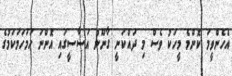
އެހެންވީމަ ކޮންމެ މީހަކު ވެސް މި ދައްކަނީ ގާނޫނު އަސާސީގައި އޮންނަ ހަމަހަމަކަމުގެ